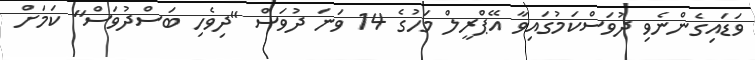
ވަޑައިގެންނެވި ދުވަސްކަމުގައިވާ އޭޕްރީލް މަހުގެ 14 ވަނަ ދުވަސް "ދިވެހި ބަސްދުވަސް" ކަމަށް